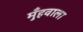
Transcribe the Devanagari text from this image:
मुँहवाला